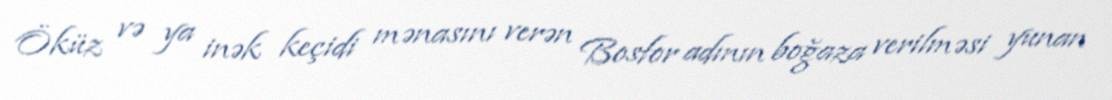
Öküz və ya inək keçidi mənasını verən Bosfor adının boğaza verilməsi yunan